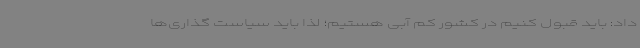
داد: باید قبول کنیم در کشور کم آبی هستیم؛ لذا باید سیاست گذاری‌ها